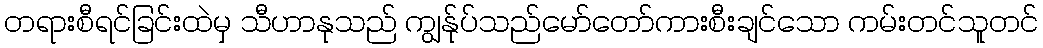
တရားစီရင်ခြင်းထဲမှ သီဟာနုသည် ကျွန်ုပ်သည်မော်တော်ကားစီးချင်သော ကမ်းတင်သူတင်